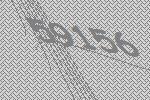
59156